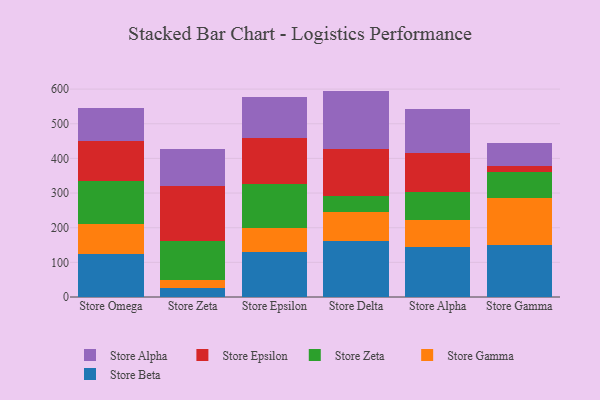
{"axis": {"x": "Store", "y": "Page Views"}, "legend": ["Store Alpha", "Store Beta", "Store Epsilon", "Store Gamma", "Store Zeta"], "data": [{"x": "Store Omega", "y": 125.5, "type": "Store Beta"}, {"x": "Store Omega", "y": 84.6, "type": "Store Gamma"}, {"x": "Store Omega", "y": 124.2, "type": "Store Zeta"}, {"x": "Store Omega", "y": 116.7, "type": "Store Epsilon"}, {"x": "Store Omega", "y": 94.0, "type": "Store Alpha"}, {"x": "Store Zeta", "y": 25.7, "type": "Store Beta"}, {"x": "Store Zeta", "y": 22.5, "type": "Store Gamma"}, {"x": "Store Zeta", "y": 114.1, "type": "Store Zeta"}, {"x": "Store Zeta", "y": 157.8, "type": "Store Epsilon"}, {"x": "Store Zeta", "y": 105.7, "type": "Store Alpha"}, {"x": "Store Epsilon", "y": 130.3, "type": "Store Beta"}, {"x": "Store Epsilon", "y": 70.1, "type": "Store Gamma"}, {"x": "Store Epsilon", "y": 126.6, "type": "Store Zeta"}, {"x": "Store Epsilon", "y": 132.9, "type": "Store Epsilon"}, {"x": "Store Epsilon", "y": 116.4, "type": "Store Alpha"}, {"x": "Store Delta", "y": 160.6, "type": "Store Beta"}, {"x": "Store Delta", "y": 85.3, "type": "Store Gamma"}, {"x": "Store Delta", "y": 44.9, "type": "Store Zeta"}, {"x": "Store Delta", "y": 135.2, "type": "Store Epsilon"}, {"x": "Store Delta", "y": 169.0, "type": "Store Alpha"}, {"x": "Store Alpha", "y": 145.3, "type": "Store Beta"}, {"x": "Store Alpha", "y": 77.1, "type": "Store Gamma"}, {"x": "Store Alpha", "y": 79.4, "type": "Store Zeta"}, {"x": "Store Alpha", "y": 114.9, "type": "Store Epsilon"}, {"x": "Store Alpha", "y": 126.6, "type": "Store Alpha"}, {"x": "Store Gamma", "y": 150.3, "type": "Store Beta"}, {"x": "Store Gamma", "y": 134.1, "type": "Store Gamma"}, {"x": "Store Gamma", "y": 77.6, "type": "Store Zeta"}, {"x": "Store Gamma", "y": 15.5, "type": "Store Epsilon"}, {"x": "Store Gamma", "y": 67.6, "type": "Store Alpha"}]}